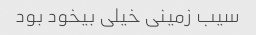
سیب زمینی خیلی بیخود بود